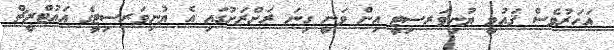
އަހަރުވެސް ޤައުމީ ޔުނިވަރސިޓީ އިން ވަނީ ގިނަ ރަށްރަށުގައި އެ ޔުނިވަރސިޓީގެ އައުޓްރީޗް